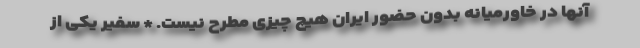
آنها در خاورمیانه بدون حضور ایران هیچ چیزی مطرح نیست. * سفیر یکی از